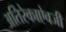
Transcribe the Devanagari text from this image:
अतिरेकाऐवजी